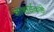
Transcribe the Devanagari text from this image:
नाबार्डकडे